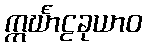
ဣင်္ဃာဠခုယာဝ